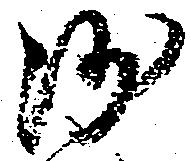
沙